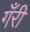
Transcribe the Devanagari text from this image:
गँरी